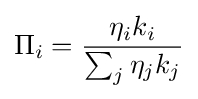
\Pi _{i}={\frac {\eta _{i}k_{i}}{\sum _{j}\eta _{j}k_{j}}}